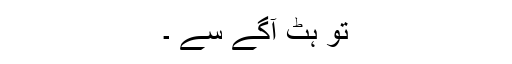
تو ہٹ آگے سے ۔